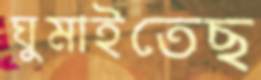
ঘুমাইতেছ